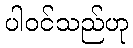
ပါဝင်သည်ဟု